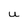
Character: U